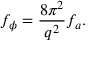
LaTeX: f _ { \phi } = \frac { 8 \pi ^ { 2 } } { q ^ { 2 } } f _ { a } .